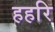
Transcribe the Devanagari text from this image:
हहरि